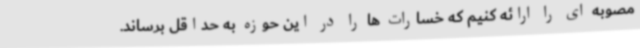
مصوبه ای را ارائه کنیم که خسارات ها را در این حوزه به حداقل برساند.